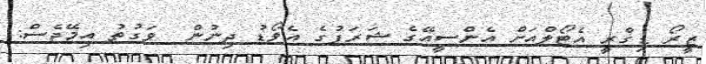
ޒީރޯ ޑިގްރީ އެޓޯލްއަށް އެންސީއޭގެ ޝަރަފުގެ އެވޯޑު ދިނުން  ވަގުތު އިމޭޖެސް: